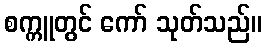
စက္ကူတွင် ကော် သုတ်သည်။